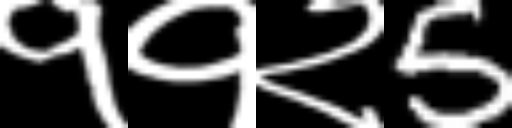
Text: ११२5